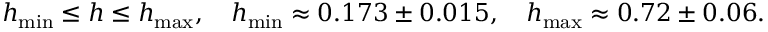
h _ { \operatorname* { m i n } } \le h \le h _ { \operatorname* { m a x } } , \quad h _ { \operatorname* { m i n } } \approx 0 . 1 7 3 \pm 0 . 0 1 5 , \quad h _ { \operatorname* { m a x } } \approx 0 . 7 2 \pm 0 . 0 6 .